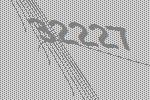
32227